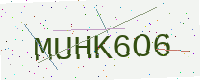
Text: MUHK6O6